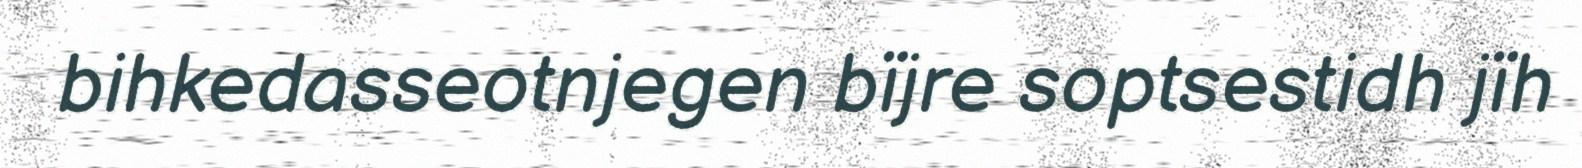
bihkedasseotnjegen bïjre soptsestidh jïh